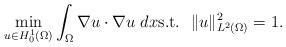
LaTeX: \begin{align*}\min\limits_{u\in H_0^1(\Omega)}\int_\Omega\nabla u\cdot\nabla u\ dx \mbox{s.t.}\ \ \|u\|_{L^2(\Omega)}^2 =1.\end{align*}